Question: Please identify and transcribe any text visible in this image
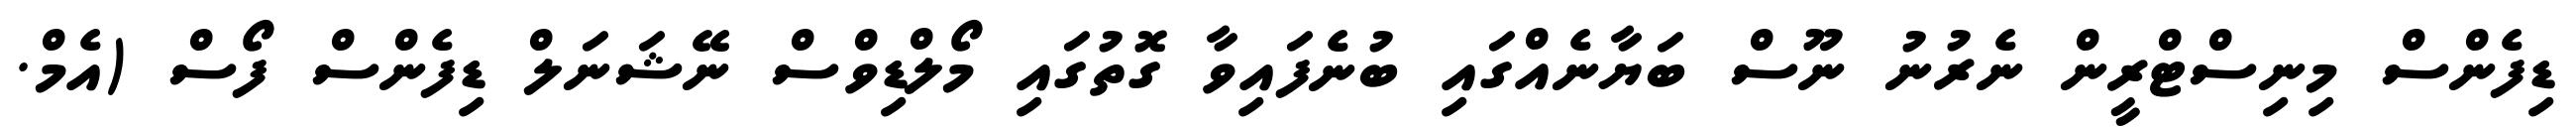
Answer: ޑިފެންސް މިނިސްޓްރީން ނެރުނު ނޫސް ބަޔާނެއްގައި ބުނެފައިވާ ގޮތުގައި މޯލްޑިވްސް ނޭޝަނަލް ޑިފެންސް ފޯސް (އެމް.